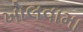
ખોલવામા